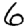
Digit: 6